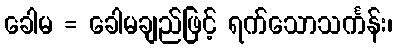
ခေါမ = ခေါမချည်ဖြင့် ရက်သောသင်္ကန်း၊